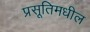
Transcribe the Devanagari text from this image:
प्रसूतिमधील